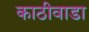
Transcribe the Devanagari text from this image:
काठीवाडा